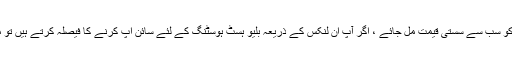
ایف ٹی سی انکشاف: ممکن ہے کہ آپ کو سب سے سستی قیمت مل جائے ، اگر آپ ان لنکس کے ذریعہ بلیو ہسٹ ہوسٹنگ کے لئے سائن اپ کرنے کا فیصلہ کرتے ہیں تو میں ایک چھوٹا کمیشن حاصل کروں گا۔